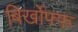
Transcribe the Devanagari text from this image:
बिर्खोफ्फ़